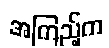
အကြည့်က